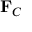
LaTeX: \mathbf { F } _ { C }